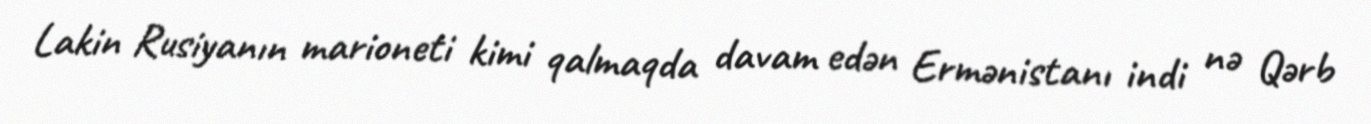
Lakin Rusiyanın marioneti kimi qalmaqda davam edən Ermənistanı indi nə Qərb